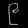
Digit: ၉